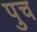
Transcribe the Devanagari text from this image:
पुच